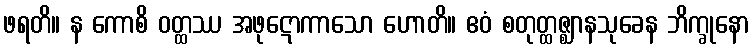
ဖရတိ။ န ကောစိ ဝတ္ထဿ အဖုဋောကာသော ဟောတိ။ ဧဝံ စတုတ္ထဇ္ဈာနသုခေန ဘိက္ခုနော